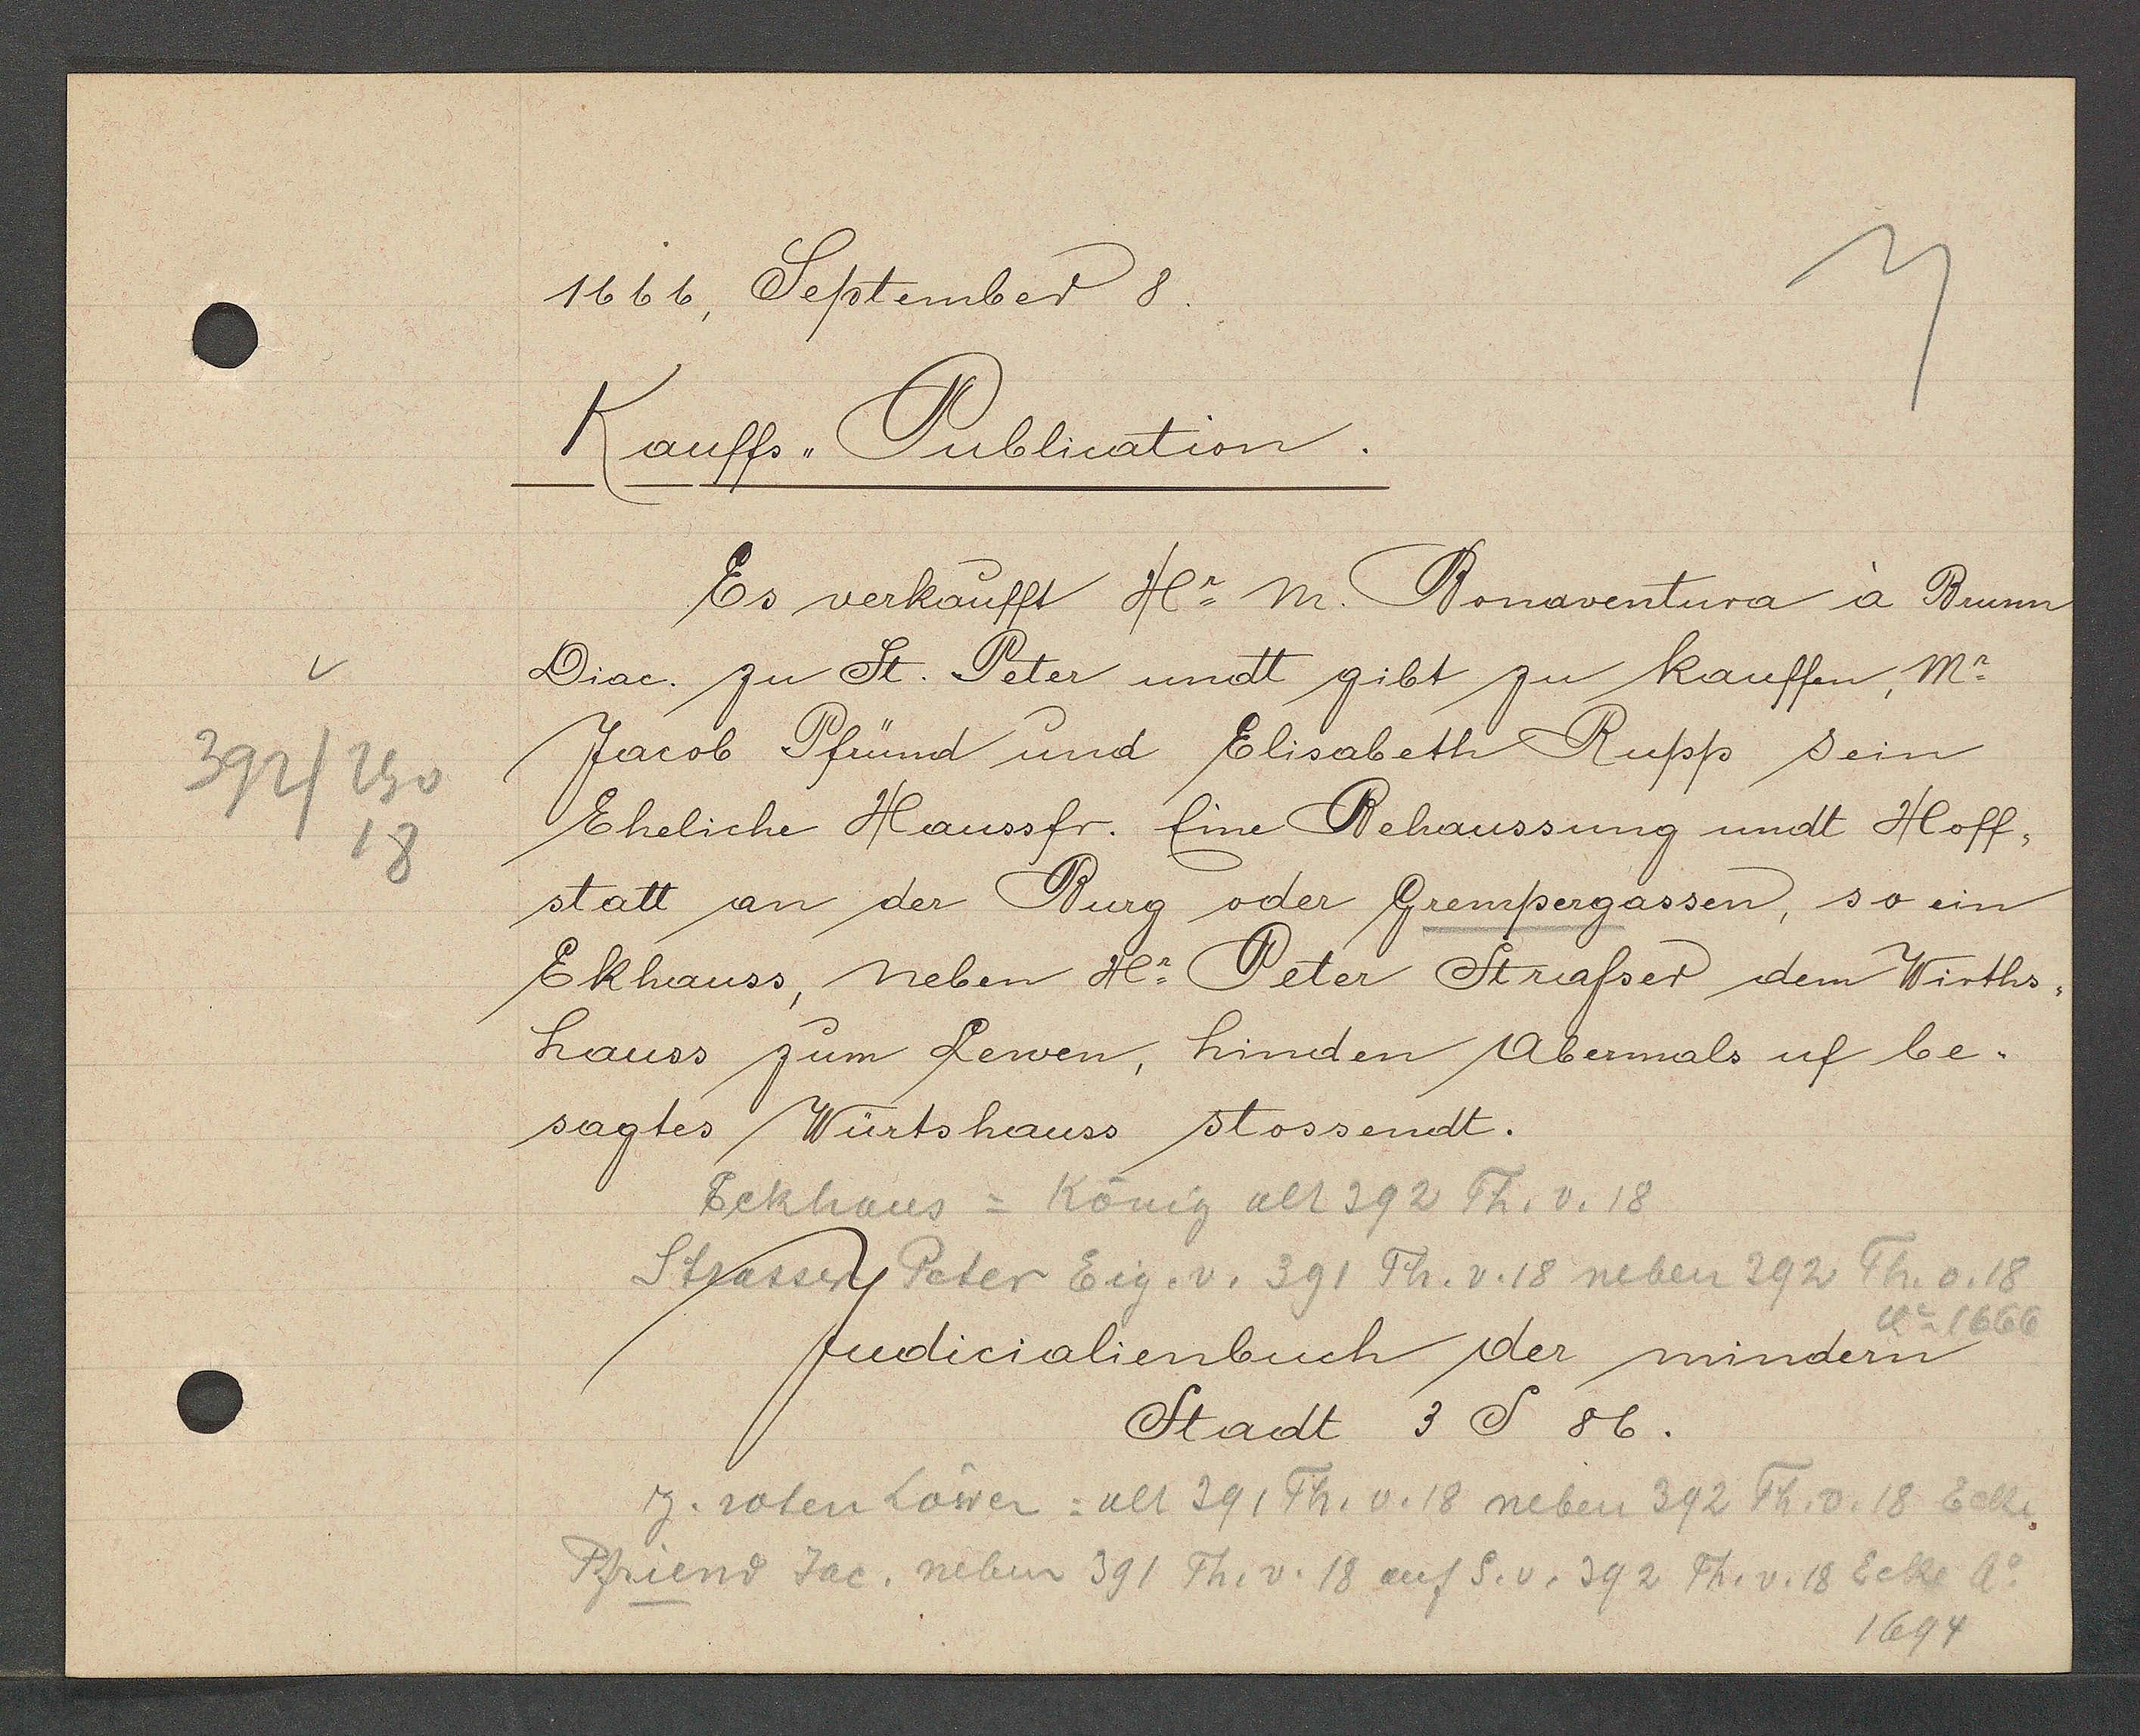
Transcript:
392/Th v
18

1666, September 8.

Kauffs Publication.
Es verkaufft Hr m. Bonaventura a Brunn
Diac zu St. Peter und gibt zu kauffen, Mr.
Jacob Pfründ und Elisabeth Rupp sein
Eheliche Haussfr. Eine Behaussung undt Hoff,
statt an der Burg oder Grempergassen, so ein
Ekhauss, neben Hr. Peter Strasser dem Wirths¬
hauss zum Lewen, hinden Abermals uf be-
sagtes Würtshauss stossendt.

Eckhaus = König alt 392 Th. v. 18
Strasser Peter Eig. v. 391 Th. v. 18 neben 292 Th. v. 18
1666
z. roten Löwen = alt 391 Th. v. 18 neben 392 Th. v. 18 Eck
Pfriend Jac. neben 391 Th. v. 18 auf S. v. 392 Th. v. 18 Ecke Ao
1694

Judicialienbuch der mindern
Stadt 3 S 86.